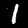
Digit: 1